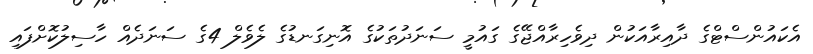
އެކައުންސްޓްގެ ދާއިރާއަކުން ދިވެހިރާއްޖޭގެ ގައުމީ ސަނަދުތަކުގެ އޮނިގަނޑުގެ ލެވެލް 4ގެ ސަނަދެއް ހާސިލުކޮށްފައި